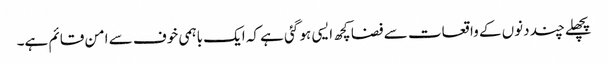
پچھلے چند دنوں کے واقعات سے فضا کچھ ایسی ہو گئی ہے کہ ایک باہمی خوف سے امن قائم ہے۔